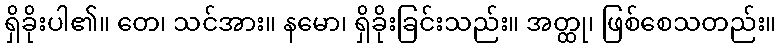
ရှိခိုးပါ၏။ တေ၊ သင်အား။ နမော၊ ရှိခိုးခြင်းသည်း။ အတ္ထု၊ ဖြစ်စေသတည်း။